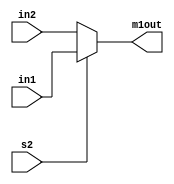
`timescale 1ns / 1ps
//////////////////////////////////////////////////////////////////////////////////
// Company: 
// Engineer: 
// 
// Design Name: 
// Module Name: div_mux1
// Project Name: 
// Target Devices: 
// Tool Versions: 
// Description: 
// 
// Dependencies: 
// 
// Revision:
// Revision 0.01 - File Created
// Additional Comments:
// 
//////////////////////////////////////////////////////////////////////////////////


module div_mux1(input [4:0] in1, in2, 
            input s2,
            output reg [4:0] m1out);
always @ (in1, in2, s2)
            begin
                if (s2)  m1out = in1;
                else m1out = in2;
            end
endmodule